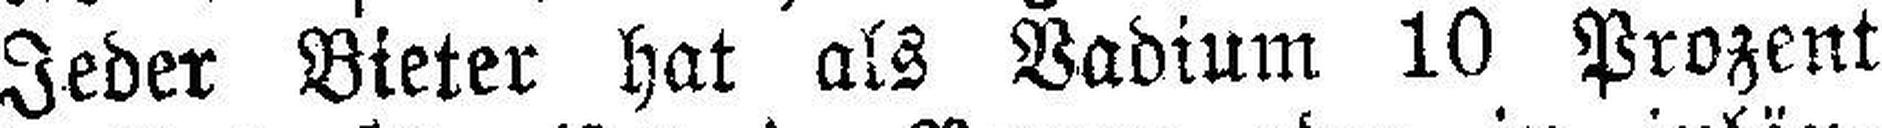
Jeder Bieter hat als Vadium 10 Prozent